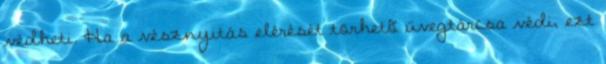
védheti. Ha a vésznyitás elérését törhetõ üvegtárcsa védi, ezt